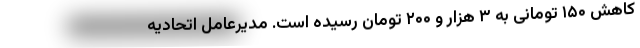
کاهش ۱۵۰ تومانی به ۳ هزار و ۲۰۰ تومان رسیده است. مدیرعامل اتحادیه